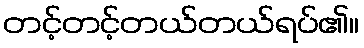
တင့်တင့်တယ်တယ်ရပ်၏။